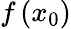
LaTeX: f\left(x_{0}\right)